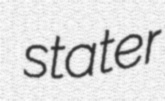
stater